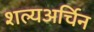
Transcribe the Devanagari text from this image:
शल्यअर्चिन